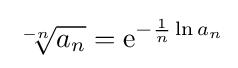
{\sqrt[{-n}]{a_{n}}}=\mathrm {e} ^{-{\frac {1}{n}}\ln a_{n}}